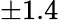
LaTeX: \pm 1.4